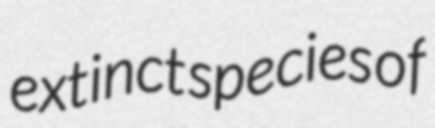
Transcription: extinct species of